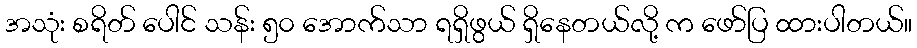
အသုံး စရိတ် ပေါင် သန်း ၅၀ အောက်သာ ရရှိဖွယ် ရှိနေတယ်လို့ က ဖော်ပြ ထားပါတယ်။